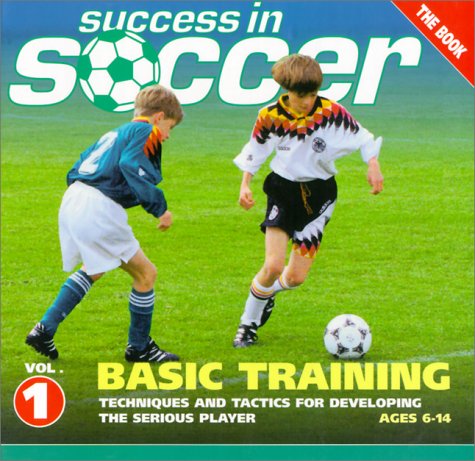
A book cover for Success in Soccer Basic Training: Techniques and Tactics for Developing the Serious Player (Ages 6-14); Gero Bisanz; Children's Books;